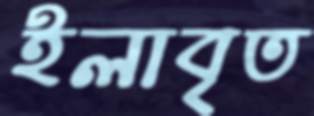
ইলাবৃত